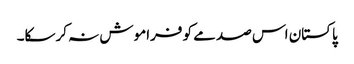
پاکستان اس صدمے کو فراموش نہ کرسکا۔